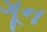
ગૂન